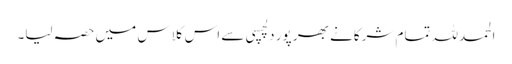
الحمدللہ تمام شرکانے بھر پور دلچسپی سے اس کلاس میں حصہ لیا۔